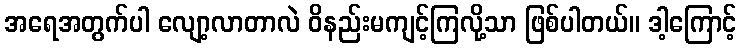
အရေအတွက်ပါ လျော့လာတာလဲ ဝိနည်းမကျင့်ကြလို့သာ ဖြစ်ပါတယ်။ ဒါ့ကြောင့်